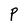
Character: P